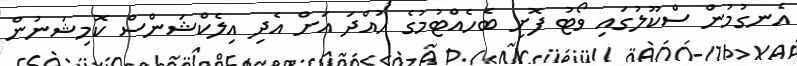
އެނގުމުން ސްކޫލުގައި ވޯޓު ފޮށި ބެހެއްޓުމުގެ ހުއްދަ އަށް އެދި އިލެކްޝަންސް ކޮމިޝަނުން